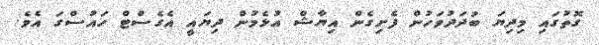
ގޮތުގައި މިދިޔަ ބުދަދުވަހުން ފެށިގެން އިޔާޝް އުޅެމުން ދިޔައީ އެގެސްޓް ހައުސްގަ އެވެ.